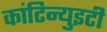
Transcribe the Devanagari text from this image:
कांटिन्युइटी